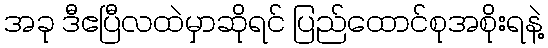
အခု ဒီဧပြီလထဲမှာဆိုရင် ပြည်ထောင်စုအစိုးရနဲ့